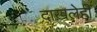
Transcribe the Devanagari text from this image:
दाखलेही